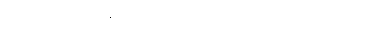
ဆိုအပ်ပြီးသောနည်းဖြင့်သာလျှင်။ ဝေဒိတဗ္ဗံ၊ သိအပ်၏။